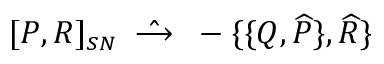
[ P , R ] _ { \scriptscriptstyle S N } \; \; \hat { \longrightarrow } \; \; - \{ \{ Q , \widehat { P } \} , \widehat { R } \}